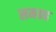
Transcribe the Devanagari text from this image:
समग्रह